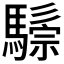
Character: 𩥷